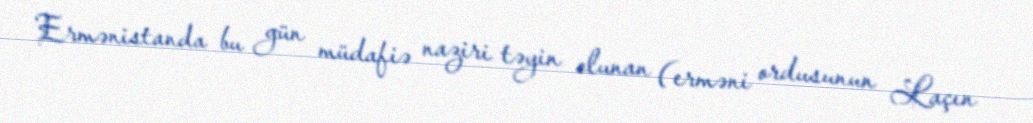
Ermənistanda bu gün müdafiə naziri təyin olunan (erməni ordusunun Laçın